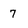
Character: 7